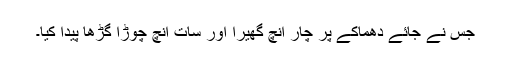
جس نے جائے دھماکے پر چار انچ گھیرا اور سات انچ چوڑا گڑھا پیدا کیا۔